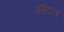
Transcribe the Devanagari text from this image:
रस्टिका